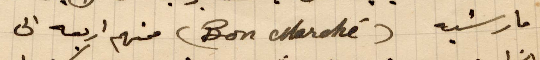
مارشيه (Bon marché) منهم اربعه الى